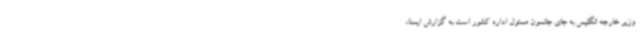
وزیر خارجه انگلیس به جای جانسون مسئول اداره کشور است به گزارش ایسنا،